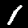
Digit: 1